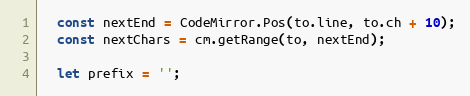
Language: JavaScript
  const nextEnd = CodeMirror.Pos(to.line, to.ch + 10);
  const nextChars = cm.getRange(to, nextEnd);

  let prefix = '';